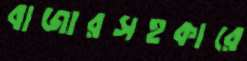
বাজারসহকারে